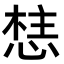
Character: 𭝦